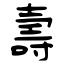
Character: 壽